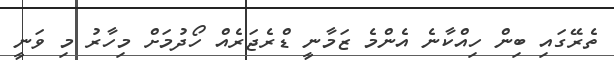
ތެރޭގައި ބިން ހިއްކާނެ އެންމެ ޒަމާނީ ޑްރެޖަރެއް ހޯދުމަށް މިހާރު މި ވަނީ